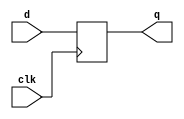
`timescale 1ns / 1ps


module dff (input wire clk,
            input wire d,
            output reg q
           );

    always @(posedge clk)
    begin
		  q <= d;
    end

endmodule